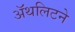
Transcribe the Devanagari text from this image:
ॲथलिटने